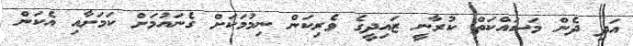
އަދި ދެން މަސައްކަތް ކުރާނީ ޒައިދީގެ ވެރިކަން ނިމުމަކަށް ގެނައުމަށް ކަމަށާއި އެކަން